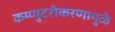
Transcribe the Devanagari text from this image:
कम्प्युटरीकरणामुळे